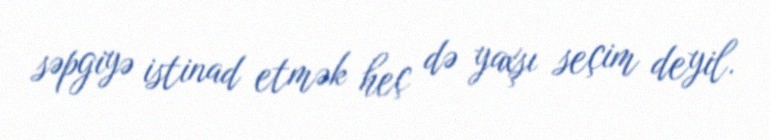
səpgiyə istinad etmək heç də yaxşı seçim deyil.